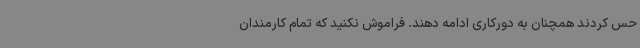
حس کردند همچنان به دورکاری ادامه دهند. فراموش نکنید که تمام کارمندان